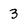
Character: 3